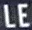
LE